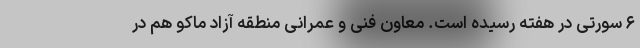
۶ سورتی در هفته رسیده است. معاون فنی و عمرانی منطقه آزاد ماکو هم در